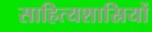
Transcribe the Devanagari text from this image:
साहित्यशास्रियों